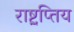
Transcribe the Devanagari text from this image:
राष्ट्रप्तिय